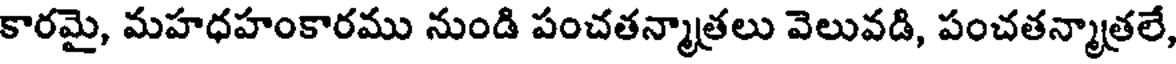
కారమై, మహధహంకారము నుండి పంచతన్మాత్రలు వెలువడి, పంచతన్మాత్రలే,